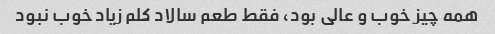
همه چیز خوب و عالی بود، فقط طعم سالاد کلم زیاد خوب نبود